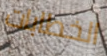
الخطابات